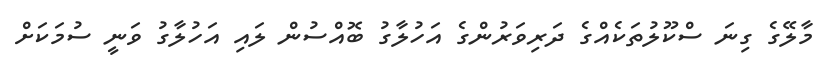
މާލޭގެ ގިނަ ސްކޫލުތަކެއްގެ ދަރިވަރުންގެ އަހުލާގު ބޮއްސުން ލައި އަހުލާގު ވަނީ ސުމަކަށް